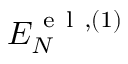
{ \cal E } _ { N } ^ { \ensuremath { \mathrm { ~ e ~ l ~ } } , ( 1 ) }